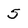
Character: 5